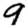
Digit: 9